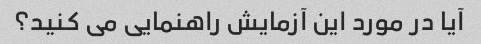
آیا در مورد این آزمایش راهنمایی می کنید؟